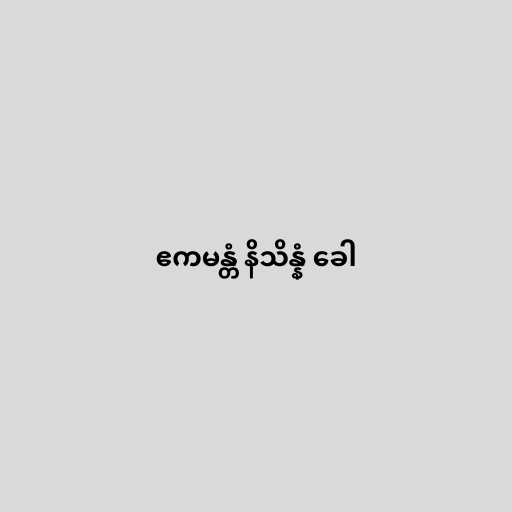
ဧကမန္တံ နိသိန္နံ ခေါ